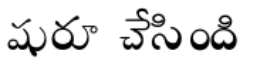
షురూ చేసింది